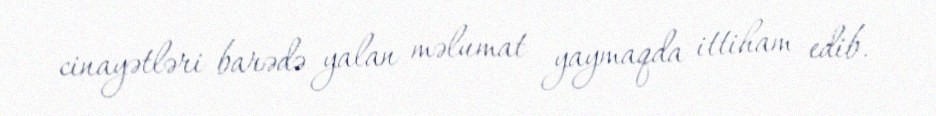
cinayətləri barədə yalan məlumat yaymaqda ittiham edib.